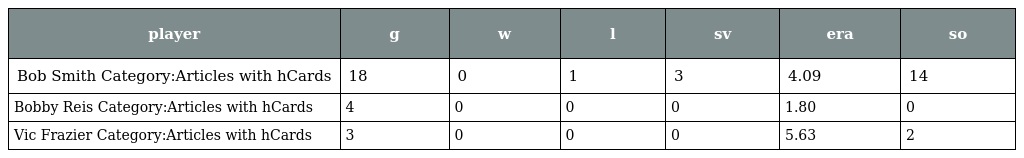
| player | g | w | l | sv | era | so |
 | --- | --- | --- | --- | --- | --- | --- |
 | Bob Smith Category:Articles with hCards | 18 | 0 | 1 | 3 | 4.09 | 14 |
 | Bobby Reis Category:Articles with hCards | 4 | 0 | 0 | 0 | 1.80 | 0 |
 | Vic Frazier Category:Articles with hCards | 3 | 0 | 0 | 0 | 5.63 | 2 |